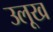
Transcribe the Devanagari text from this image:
उलूख